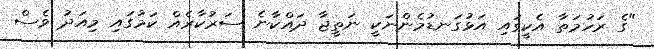
"ގެ ރަހުމަތާ އެކީގައި އަޅުގަނޑުމެންނަކީ ނަތީޖާ ދައްކާނެ ސަރުކާރެއް ކަމުގައި މިއަދު ވެސް